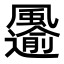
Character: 𩙋